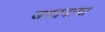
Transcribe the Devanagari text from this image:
जफानामा